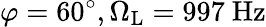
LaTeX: \varphi=60^{\circ},\Omega_{\mathrm{L}}=997~\mathrm{Hz}